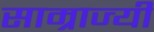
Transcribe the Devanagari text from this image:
साम्राज्यी